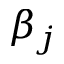
\beta _ { j }